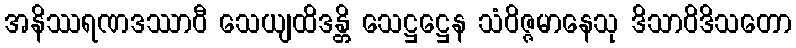
အနိဿရဏဒဿာဝီ သေယျထိဒန္တိ သေဋ္ဌဋ္ဌေန သံဝိဇ္ဇမာနေသု ဒိသာဝိဒိသတော